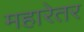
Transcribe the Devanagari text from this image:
महारेतर